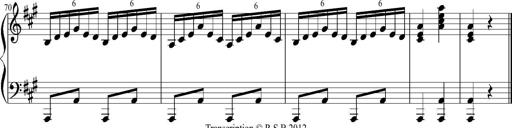
Title: 12 Sonatinas for Piano
Composer: Johann Baptist Vanhal